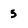
Character: 5